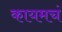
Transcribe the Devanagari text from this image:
कायमचं